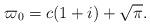
LaTeX: \begin{align*}\varpi_0 = c(1+i)+\sqrt{\pi}.\end{align*}